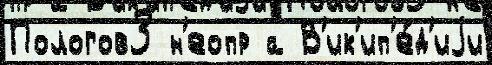
Пологов3 н'еопр а В'ик'ип'е́д'иjи